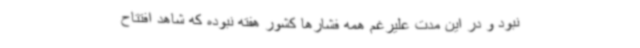
نبود و در این مدت علیرغم همه فشارها کشور هفته نبوده که شاهد افتتاح